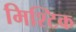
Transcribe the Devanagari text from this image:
मिश्टिक